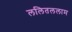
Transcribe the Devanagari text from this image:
ललितललाम